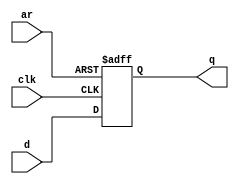
module top_module (
    input clk,
    input ar,   // active high asynchronous reset
    input d,
    output reg q
);
    always @(posedge clk or posedge ar) begin
        if(ar == 1) begin
            q <= 0;
        end
        else begin
            q <= d;
        end
    end
endmodule